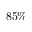
8 5 \%